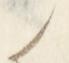
候